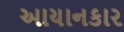
આયાનકાર